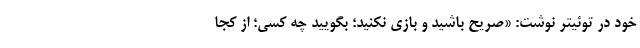
خود در توئیتر نوشت: «‌صریح باشید و بازی نکنید؛ بگویید چه کسی؛ از کجا